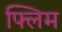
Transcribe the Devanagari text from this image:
फ्लिम